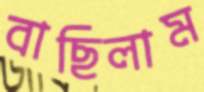
বাছিলাম